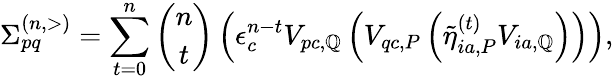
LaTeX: \Sigma_{pq}^{(n,>)}=\sum_{t=0}^{n}\binom{n}{t}\left(\epsilon_{c}^{n-t}V_{pc,\mathbb{Q}}\left(V_{qc,P}\left({\tilde{{\eta}}}_{ia,P}^{(t)}V_{ia,\mathbb{Q}}\right)\right)\right),